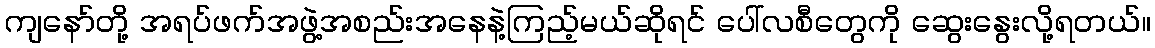
ကျနော်တို့ အရပ်ဖက်အဖွဲ့အစည်းအနေနဲ့ကြည့်မယ်ဆိုရင် ပေါ်လစီတွေကို ဆွေးနွေးလို့ရတယ်။